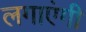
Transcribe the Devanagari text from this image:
लगाएंगी